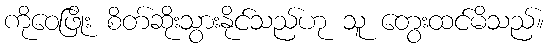
ကိုဝေဖြိုး စိတ်ဆိုးသွားနိုင်သည်ဟု သူ တွေးထင်မိသည်။